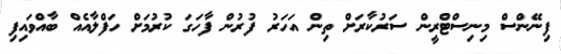
ފިނޭންސް މިނިސްޓްރީން ސަރުކާރަށް ތިން އަހަރު ފުރުން ފާހަގަ ކުރުމަށް ހަފްލާއެއް ބާއްވައިފި